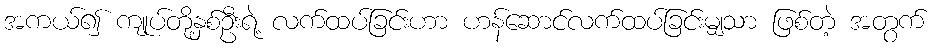
အကယ်၍ ကျုပ်တို့နှစ်ဦးရဲ့ လက်ထပ်ခြင်းဟာ ဟန်ဆောင်လက်ထပ်ခြင်းမျှသာ ဖြစ်တဲ့ အတွက်